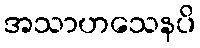
အသာဟသေနပိ